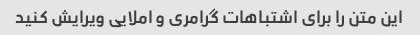
این متن را برای اشتباهات گرامری و املایی ویرایش کنید